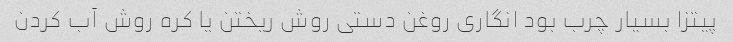
پیتزا بسیار چرب بود انگاری روغن دستی روش ریختن یا کره روش آب کردن